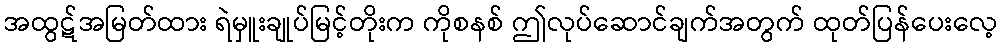
အထွဋ်အမြတ်ထား ရဲမှူးချုပ်မြင့်တိုးက ကိုစနစ် ဤလုပ်ဆောင်ချက်အတွက် ထုတ်ပြန်ပေးလေ့